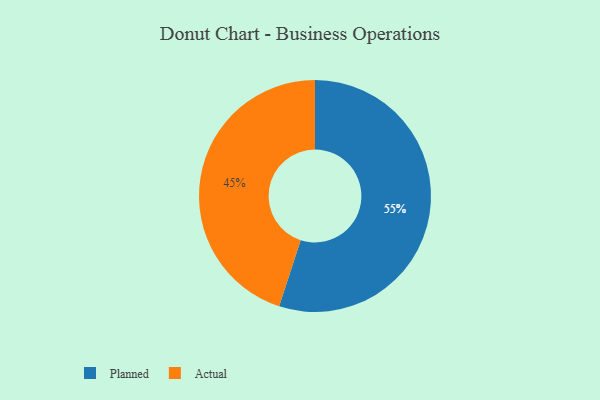
{"axis": {"x": "Category", "y": "Percentage"}, "legend": ["Actual", "Planned"], "data": [{"x": "Planned", "y": 55, "type": "Planned"}, {"x": "Actual", "y": 45, "type": "Actual"}]}